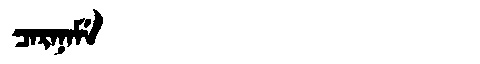
Manchu: ᠴᠠᡵᠠᠨᠠᠮᡝ
Romanization: CARANAME